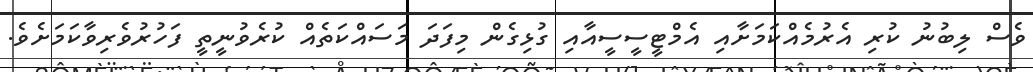
ވެސް ލިބުނު ކުރި އެރުމެއްކަމަށާއި އެމްޓީސީސީއާއި ގުޅިގެން މިފަދަ މަސައްކަތެއް ކުރެވުނީތީ ފަހުރުވެރިވާކަމަށެވެ.